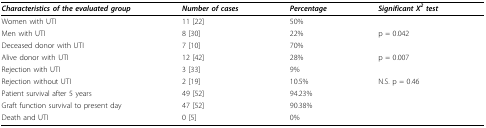
<table><thead><tr><td><b><i>Characteristics of the evaluated group</i></b></td><td><b><i>Number of cases</i></b></td><td><b><i>Percentage</i></b></td><td><b><i>Significant Χ</i><sup><i>2 </i></sup><i>test</i></b></td></tr></thead><tbody><tr><td>Women with UTI</td><td>11 [22]</td><td>50%</td><td></td></tr><tr><td>Men with UTI</td><td>8 [30]</td><td>22%</td><td>p = 0.042</td></tr><tr><td>Deceased donor with UTI</td><td>7 [10]</td><td>70%</td><td></td></tr><tr><td>Alive donor with UTI</td><td>12 [42]</td><td>28%</td><td>p = 0.007</td></tr><tr><td>Rejection with UTI</td><td>3 [33]</td><td>9%</td><td></td></tr><tr><td>Rejection without UTI</td><td>2 [19]</td><td>10.5%</td><td>N.S. p = 0.46</td></tr><tr><td>Patient survival after 5 years</td><td>49 [52]</td><td>94.23%</td><td></td></tr><tr><td>Graft function survival to present day</td><td>47 [52]</td><td>90.38%</td><td></td></tr><tr><td>Death and UTI</td><td>0 [5]</td><td>0%</td><td></td></tr></tbody></table>